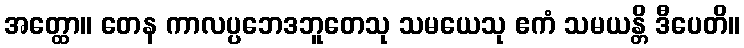
အတ္ထော။ တေန ကာလပ္ပဘေဒဘူတေသု သမယေသု ဧကံ သမယန္တိ ဒီပေတိ။